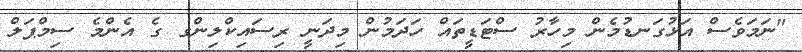
"ނަމަވެސް އަޅުގަނޑުމެން މިހާރު ސްޓަޑީތައް ހަދަމުން މިދަނީ ރިސައިކްލިންގ ގެ އެންމެ ސިމްޕަލް